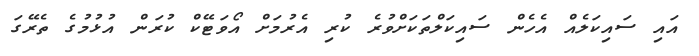
އައި ސައިކަލެއް އެހެން ސައިކަލްތަކަށްވުރެ ކުރި އެރުމަށް އޯވަޓޭކް ކުރަން އުޅުމުގެ ތެރޭގަ